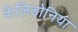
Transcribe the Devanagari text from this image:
केलिडोनिया